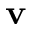
{ \mathbf v }